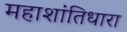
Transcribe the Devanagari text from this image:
महाशांतिधारा